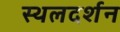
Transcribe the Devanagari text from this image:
स्थलदर्शन